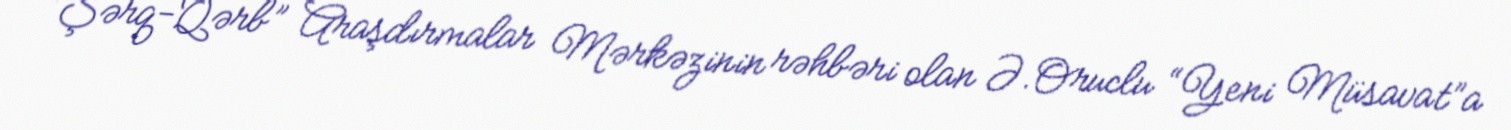
“Şərq-Qərb” Araşdırmalar Mərkəzinin rəhbəri olan Ə.Oruclu “Yeni Müsavat”a